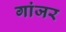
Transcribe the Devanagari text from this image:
गांजर